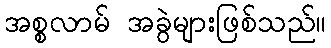
အစ္စလာမ် အခွဲများဖြစ်သည်။